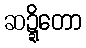
ဆဍ္ဍိတော